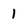
Character: 1